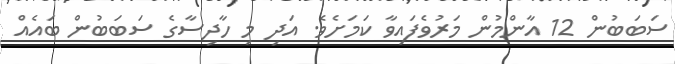
ސަބަބުން 12 އާންމުން މަރުވެފައިވާ ކަމަށެވެ. އަދި މި ހާދިސާގެ ސަބަބުން ބައެއް